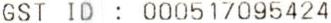
GST ID : 000517095424